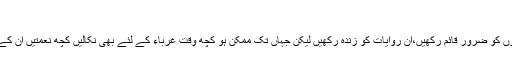
469)
پس عید میں جہاں آپ اپنے خاندان کے ساتھ خوشیاں منائیں گے…اِن خوشیوں کو ضرور قائم رکھیں،اِن روایات کو زندہ رکھیں لیکن جہاں تک ممکن ہو کچھ وقت غرباء کے لئے بھی نکالیں کچھ نعمتیں اُن کے سامنے بھی پیش کریں تا کہ وہ بھی آپ کی خوشیوں میں شریک ہو سکیں۔